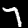
Label: 7